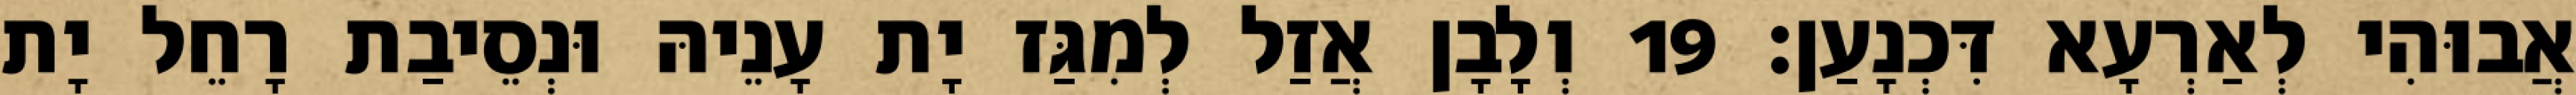
אֲבוּהִי לְאַרְעָא דִּכְנָעַן׃ 19 וְלָבָן אֲזַל לְמִגַּז יָת עָנֵיהּ וּנְסֵיבַת רָחֵל יָת